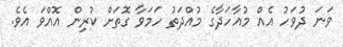
ވަނަ ދުވަހު އެއް މުއާހަދާގެ މުއްދަތު ހަމަވާ ގޮތަށް ކުރިން އޮއްވަ އެވެ.